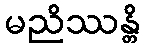
မညိဿန္တိ